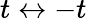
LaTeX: t\leftrightarrow-t